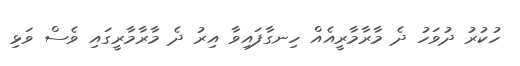
ހުކުރު ދުވަހު ދެ މާރާމާރީއެއް ހިނގާފައިވާ އިރު ދެ މާރާމާރީގައި ވެސް ވަޅި